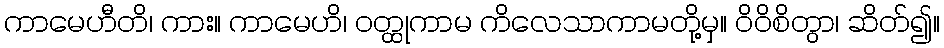
ကာမေဟီတိ၊ ကား။ ကာမေဟိ၊ ဝတ္ထုကာမ ကိလေသာကာမတို့မှ။ ဝိဝိစိတွာ၊ ဆိတ်၍။